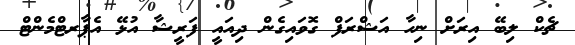
ޗެކް ލިބޭ އިރަށް ނިހާ އަޝްރަފް ގޮވައިގެން ދިއައީ ފަރީޝާ އުޅޭ އެޕާރޓްމެންޓް